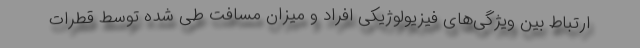
ارتباط بین ویژگی‌های فیزیولوژیکی افراد و میزان مسافت طی شده توسط قطرات